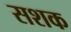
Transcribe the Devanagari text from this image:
सशक